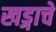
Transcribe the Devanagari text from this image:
खड्गाचे